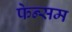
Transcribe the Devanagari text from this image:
फेन्सम